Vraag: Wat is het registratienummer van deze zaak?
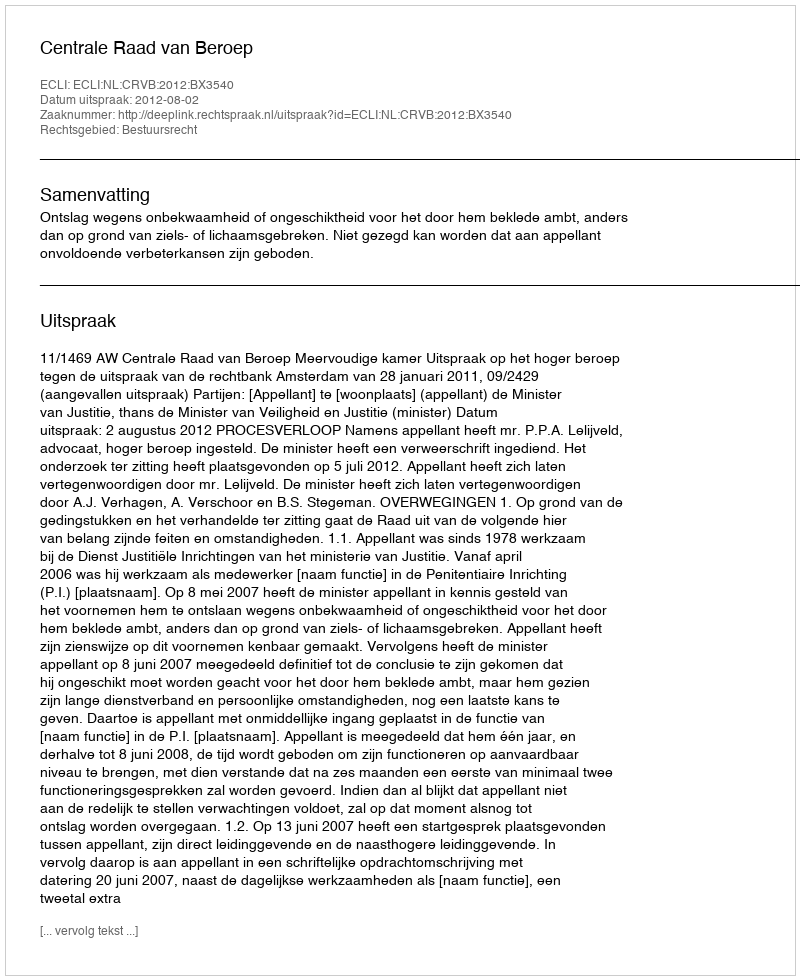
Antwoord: http://deeplink.rechtspraak.nl/uitspraak?id=ECLI:NL:CRVB:2012:BX3540